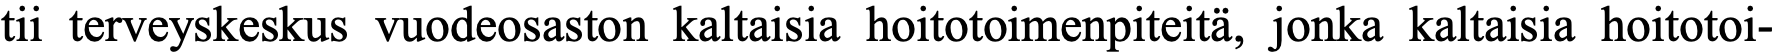
tii terveyskeskus vuodeosaston kaltaisia hoitotoimenpiteitä, jonka kaltaisia hoitotoi-